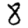
Digit: 8